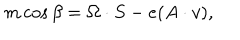
m \cos { \beta } = \Omega \cdot S - e ( A \cdot v ) ,